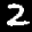
Label: 2